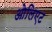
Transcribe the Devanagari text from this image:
ओलिएट